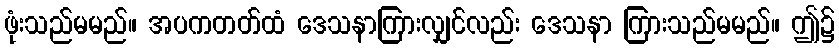
ဖုံးသည်မမည်။ အပကတတ်ထံ ဒေသနာကြားလျှင်လည်း ဒေသနာ ကြားသည်မမည်။ ဤ၌